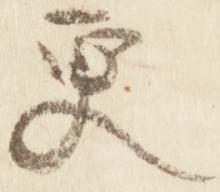
更